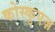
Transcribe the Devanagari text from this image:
कोस्कुएज़